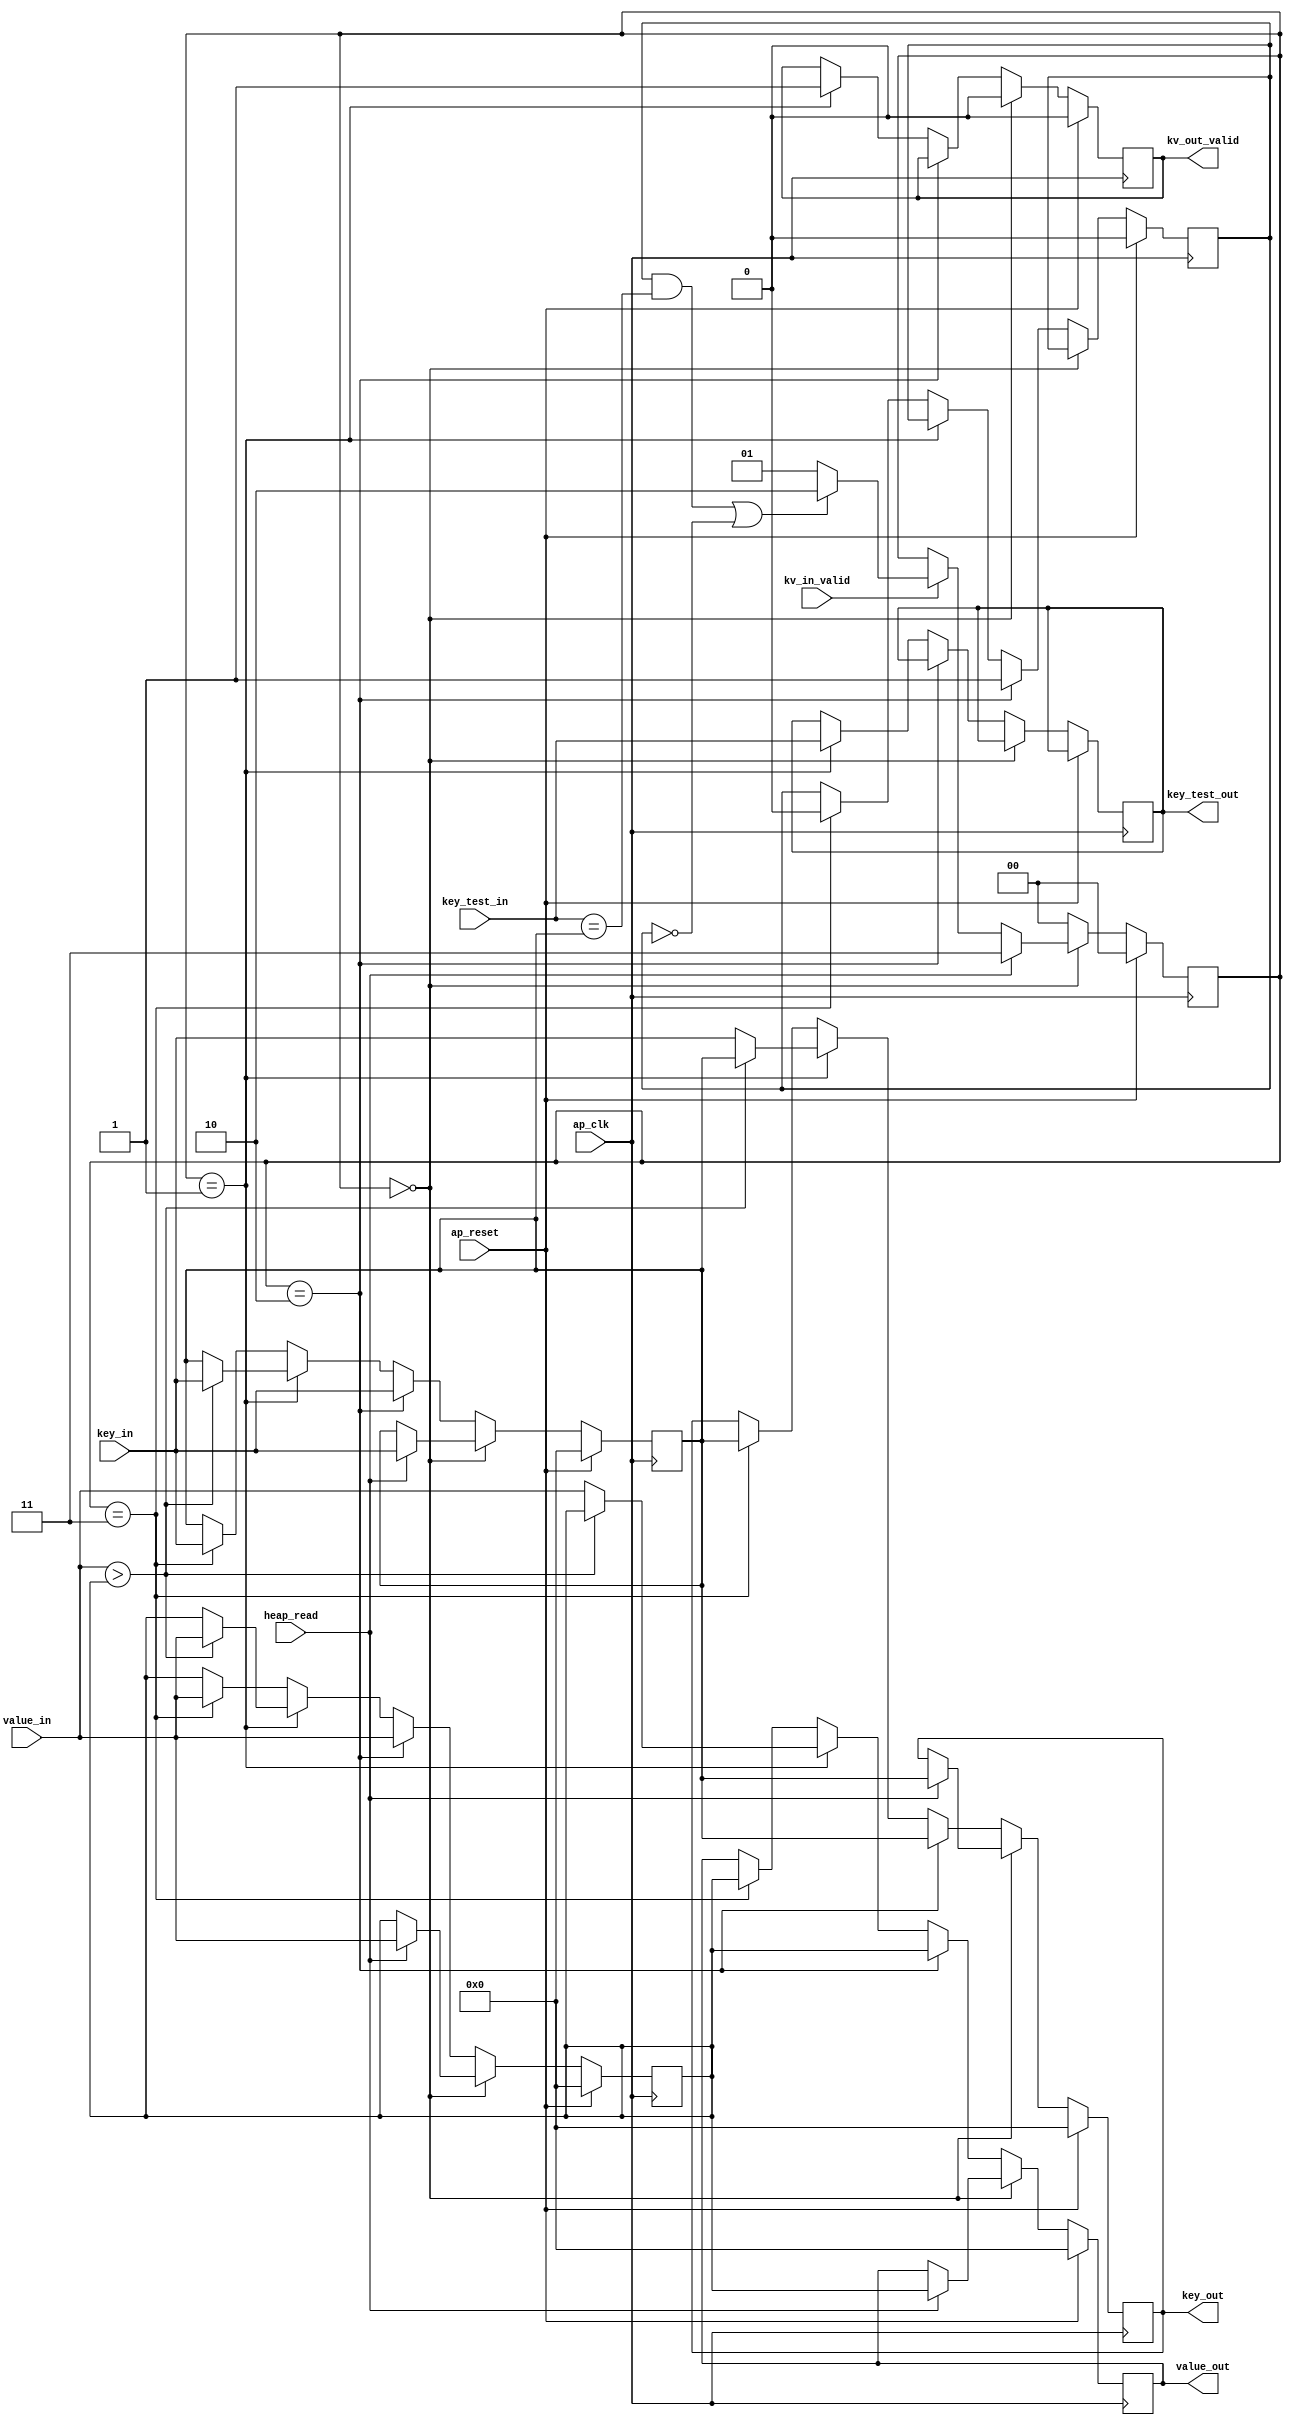
// CMS Heap stage
// Gabi Malka, Technion, TCE
// May-2017

module heap_stage #(
    parameter VALUE_WIDTH	= 32,
    parameter KEY_WIDTH 	= 32
) (
    input wire 			    ap_clk,
    input wire 			    ap_reset,

    input wire [KEY_WIDTH - 1:0]    key_test_in,    // input key to be tested
    input wire [KEY_WIDTH - 1:0]    key_in,         // input key from prev. heap stage
    input wire [VALUE_WIDTH - 1:0]  value_in,       // input value from prev. heap stage
    input wire 			    kv_in_valid,    // input key,value pair to be tested is ready
    input wire 			    heap_read,      // heap read request, from AXI-lite mechanism in CMS.

    output wire [KEY_WIDTH - 1:0]   key_test_out,   // key to be tested, out to next heap stage
    output wire [KEY_WIDTH - 1:0]   key_out,        // current stage key, out to next heap stage
    output wire [VALUE_WIDTH - 1:0] value_out,      // current stage value, out to next heap stage
    output wire 		    kv_out_valid    // current key,value pair is valid, out to next heap stage
);

//------------------------heap stage fsm-------------------
localparam
  K_TEST      = 2'd0,
  V_TEST      = 2'd1,
  KV_WRITE    = 2'd2,
  PASSTHRU    = 2'd3;

// heap stage data structures:	  
// Option 1: Using regs:
    reg [KEY_WIDTH - 1:0] 	    key_test;
    reg 		            kv_valid;
    reg 		            stage_valid;
    reg [KEY_WIDTH - 1:0] 	    key;
    reg [VALUE_WIDTH - 1:0] 	    value;
    reg [KEY_WIDTH - 1:0] 	    key_out_r;
    reg [VALUE_WIDTH - 1:0] 	    value_out_r;

  
// heap stage data structures:	  
// Option 2: Using distributed RAM
/* 
  parameter RAM_WIDTH = 256;
  parameter RAM_ADDR_BITS = 0;  // A single entry RAM 
 
 (* RAM_STYLE="{DISTRIBUTED}" *)

  reg [RAM_WIDTH-1:0] 		    kv_stage [(2**RAM_ADDR_BITS)-1:0];
  wire [RAM_WIDTH-1:0] 		    kv_stage_out;
  //wire [RAM_ADDR_BITS-1:0]        <addressA>, <addressB>;
  wire [RAM_WIDTH-1:0]              kv_stage_in;
  wire                              kv_stage_write;
 
     always @(posedge ap_clk) begin
             if (<enableA>) begin
	        if (<kv_stage_write>)
	           kv_stage[0] <= kv_stage_in;
//	       kv_stage_out <= kv_stage[0];
	     end
     end
 */
  

  reg [1:0] 			    hstate;
  wire 				    key_is_tested;
  wire 				    heap_entry_is_bubbled;

  assign kv_out_valid = kv_valid;
  assign key_test_out = key_test;
  assign key_out = key_out_r;
  assign value_out = value_out_r;
			
  always @(posedge ap_clk) begin
    
    if (ap_reset) begin
      key <= 0;
      value <= 0;
      key_out_r <= 0;
      value_out_r <= 0;
      kv_valid <= 0;
      hstate <= K_TEST;
      stage_valid <= 0;
    end
    
    else begin

      // Heap stage State Machine
      if (hstate == K_TEST) begin
	kv_valid <= 1'b0;
	
	if (heap_read) begin
	  hstate = PASSTHRU;
	  
	  // Reading thru AXI-lite: 
	  // heap stages are bubbled, two stages per each read request.
	  // The second bubble in PASSTHRU state   
	  key_out_r <= key;
	  value_out_r <= value;
	  key <= key_in;	
	  value <= value_in;
	end	    
	
	else if (kv_in_valid) begin
	  if (stage_valid & (key_test_in == key) | !stage_valid) begin
	    hstate = KV_WRITE;
	  end
	  else begin
	    hstate = V_TEST;
	  end
	end
      end
    
      else if (hstate == KV_WRITE) begin
	// The incoming KV pair is loaded into current stage if:
	// 1. Curent stage was empty (!stage_valid), or
	// 2. The incoming K matches the existing
	// In both cases, nothing is passed down to next stage
	hstate = K_TEST;
	stage_valid <= 1'b1;
	
	// Replace current kv with the incoming pair. 
	key <= key_in;	
	value <= value_in;
	
	// Prev. kv values are NOT forwarded to next heap stage, but still the output kv registers are also written, just to keep its write_enable signal common to all the registers in a heap stage
	key_out_r <= key;
	value_out_r <= value;
      end
    
      else if (hstate == V_TEST) begin
	hstate = K_TEST;
	kv_valid <= 1'b1;
	key_test <= key_test_in;	
	
	if (value_in > value) begin
	  // The new value is greater than current value.
	  // Replace current kv with the incoming pair and forward prev. kv values to next heap stage 
	  key <= key_in;	
	  value <= value_in;
	  key_out_r <= key;
	  value_out_r <= value;
	end
	else begin
	  // The new value is not greater than current value.
	  // Current kv pair is maintained. Incoming pair is forwarded to next heap stage 
	  key_out_r <= key_in;
	  value_out_r <= value_in;
	end
      end 
      
      else if (hstate == PASSTHRU) begin
	hstate = K_TEST;
	stage_valid <= 0;
	
	// Reading thru AXI-lite: 
	// heap stages are bubbled, two stages per each read request.
	// The first bubble was done in prev. K_TEST state   
	key_out_r <= key;
	value_out_r <= value;
	key <= key_in;	
	value <= value_in;
      end      

      else
	hstate = K_TEST;
      
    end // else (if (ap_reset))
  end //always @(posedge ap_clk)  

endmodule